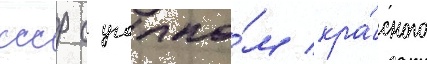
ссср с уголко́м кра́сного